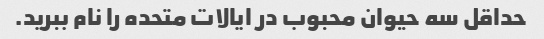
حداقل سه حیوان محبوب در ایالات متحده را نام ببرید.